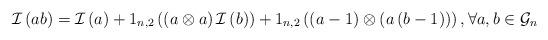
LaTeX: \begin{align*}\mathcal{I}\left( ab\right) =\mathcal{I}\left( a\right) +1_{n,2}\left(\left( a\otimes a\right) \mathcal{I}\left( b\right) \right) +1_{n,2}\left(\left( a-1\right) \otimes \left( a\left( b-1\right) \right) \right) ,\forall a,b\in \mathcal{G}_{n} \end{align*}